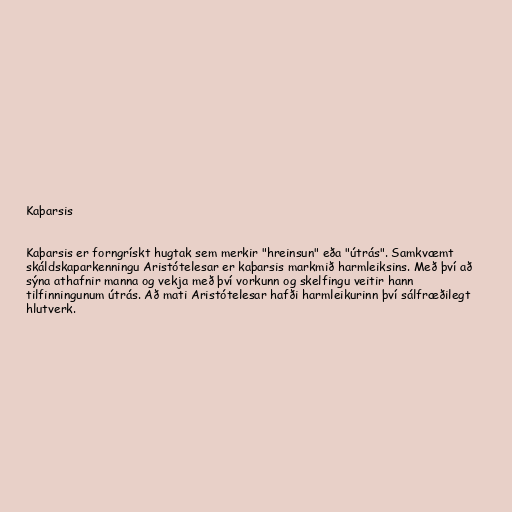
Kaþarsis

Kaþarsis er forngrískt hugtak sem merkir "hreinsun" eða "útrás". Samkvæmt
skáldskaparkenningu Aristótelesar er kaþarsis markmið harmleiksins. Með því að
sýna athafnir manna og vekja með því vorkunn og skelfingu veitir hann
tilfinningunum útrás. Að mati Aristótelesar hafði harmleikurinn því sálfræðilegt
hlutverk.